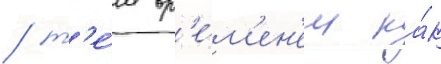
/ т'е́м вр'е́м'ен'ем ка́к